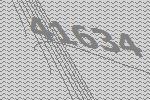
41634